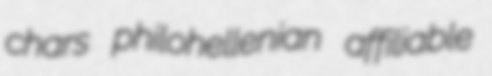
chars philohellenian affiliable